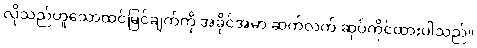
လိုသည်ဟူသောထင်မြင်ချက်ကို အခိုင်အမာ ဆက်လက် ဆုပ်ကိုင်ထားပါသည်။